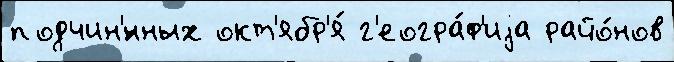
подчин'́нных окт'ябр'я́ г'еогра́ф'иjа райо́нов